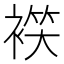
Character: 𧛒